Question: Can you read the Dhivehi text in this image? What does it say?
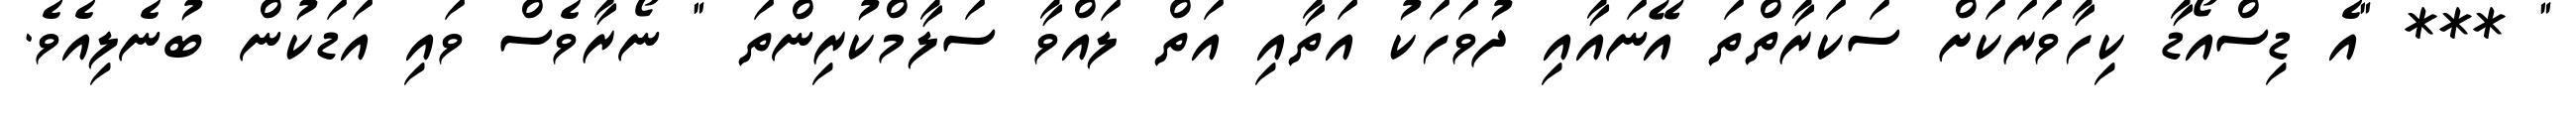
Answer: " *** "އެ ޑިސްއޯޑާ ކިހާވަރަކަށް ސަކަރާތްތަ އޭނައާއި ދުވަހަކު އަތާއި އަތް ލައްވާ ސަލާމްކުރިންތަ " ނޯރާވެސް ވައި އަޑަކުން ބުނެލިއެވެ.